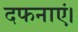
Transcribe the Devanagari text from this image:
दफनाएं।